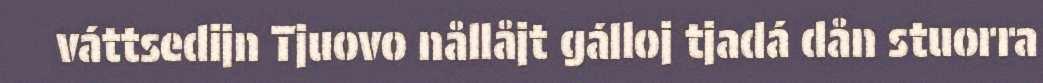
váttsedijn Tjuovo nållåjt gálloj tjadá dån stuorra